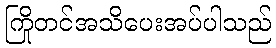
ကြိုတင်အသိပေးအပ်ပါသည်